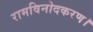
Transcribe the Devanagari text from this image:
रामविनोदकरण।